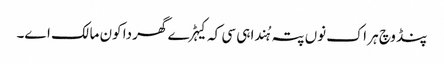
پنڈ وچ ہر اک نوں پتہ ہُندا ہی سی کہ کیہڑے گھر دا کون مالک اے۔